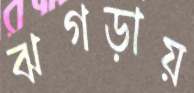
ঝগড়ায়